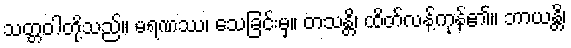
သတ္တဝါတို့သည်။ မရဏဿ၊ သေခြင်းမှ။ တသန္တိ၊ ထိတ်လန့်ကုန်၏။ ဘာယန္တိ၊